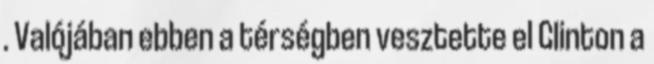
. Valójában ebben a térségben vesztette el Clinton a